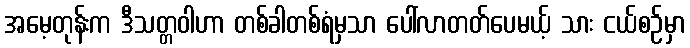
အမေ့တုန်းက ဒီသတ္တဝါဟာ တစ်ခါတစ်ရံမှသာ ပေါ်လာတတ်ပေမယ့် သား ငယ်စဉ်မှာ